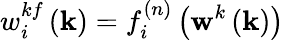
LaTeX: w_{i}^{kf}\left(\mathbf{k}\right)=f_{i}^{(n)}\left(\mathbf{w}^{k}\left(\mathbf{k}\right)\right)